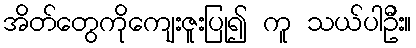
အိတ်တွေကိုကျေးဇူးပြု၍ ကူ သယ်ပါဦး။